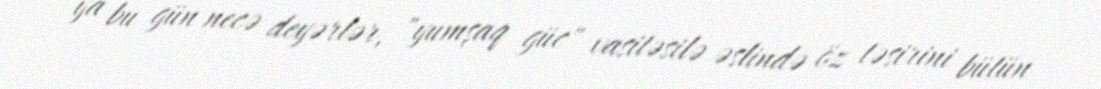
ya bu gün necə deyərlər, "yumşaq güc" vasitəsilə əslində öz təsirini bütün